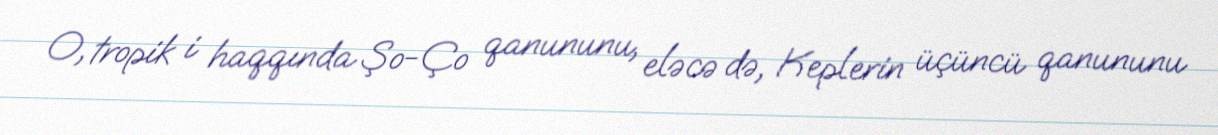
O, tropik i haqqında Şo-Ço qanununu, eləcə də, Keplerin üçüncü qanununu